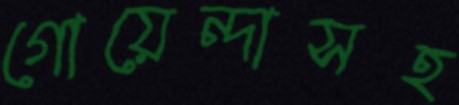
গোয়েন্দাসহ